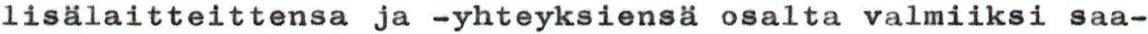
lisälaitteittensa ja -yhteyksiensä osalta valmiiksi saa-